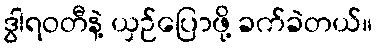
ဒွါရဝတီနဲ့ ယှဉ်ပြောဖို့ ခက်ခဲတယ်။